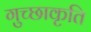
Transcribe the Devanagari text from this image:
गुच्छाकृति